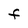
Character: F